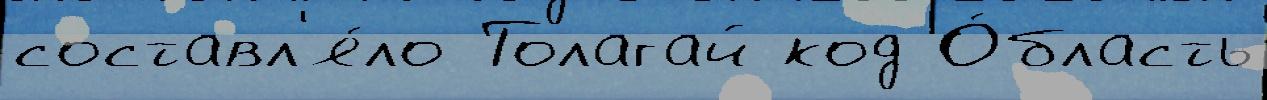
составл'я́ло Толагай код О́бласть